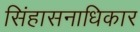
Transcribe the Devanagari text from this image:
सिंहासनाधिकार